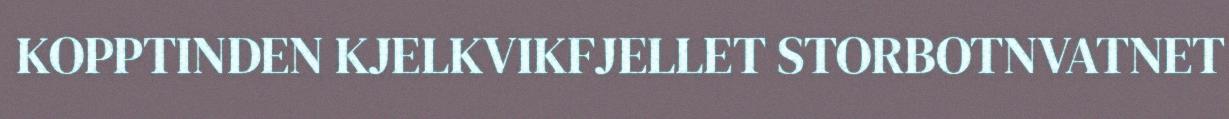
KOPPTINDEN KJELKVIKFJELLET STORBOTNVATNET